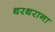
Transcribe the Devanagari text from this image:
थरथराना